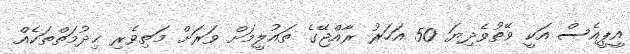
އީޕީއެސް އަކީ ވޭތުވެދިޔަ 50 އަހަރު ރާއްޖޭގެ ތައުލީމަށް ވަރަށް މަތިވެރި ޚިދުމަތްތަކެއް